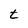
Character: t